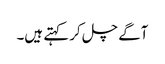
آگے چل کر کہتے ہیں۔